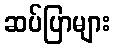
ဆပ်ပြာများ